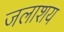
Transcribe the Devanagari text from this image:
जलाश्‍ाय